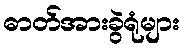
ဓာတ်အားခွဲရုံများ